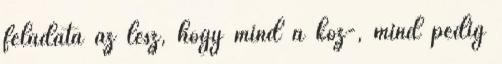
feladata az lesz, hogy mind a köz-, mind pedig